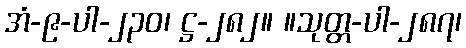
အံ-၉-ပါ-၂၃၀၊ ဋ္ဌ-၂၈၂။ ။သုတ္တ-ပါ-၂၈၇၊